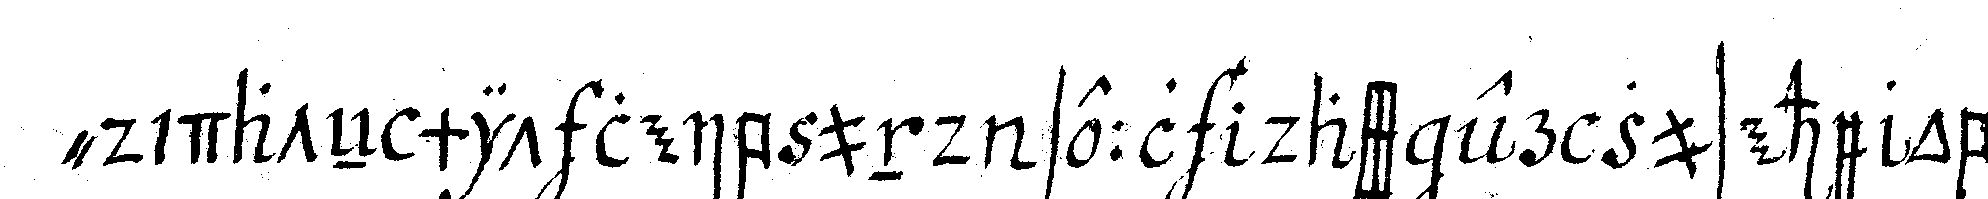
" didateN mit leib und seel dass er zusehe ob